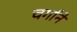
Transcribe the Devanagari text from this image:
चर्गाने